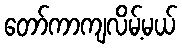
တော်ကာကျလိမ့်မယ်